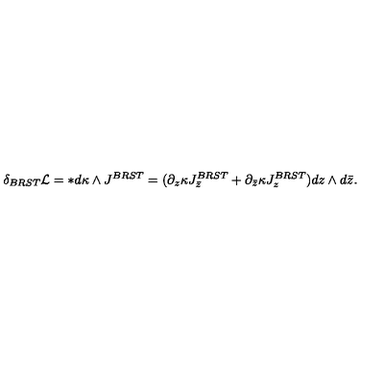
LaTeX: \delta _ { B R S T } { \cal L } = * d \kappa \wedge J ^ { B R S T } = ( \partial _ { z } \kappa J _ { \bar { z } } ^ { B R S T } + \partial _ { \bar { z } } \kappa J _ { z } ^ { B R S T } ) d z \wedge d \bar { z } .